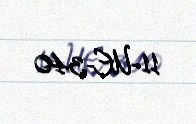
11-UE-340